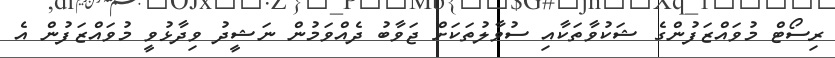
ރިސޯޓް މުވައްޒަފުންގެ ޝަކުވާތަކާއި ސުވާލުތަކަށް ޖަވާބު ދެއްވަމުން ނަޝީދު ވިދާޅުވީ މުވައްޒަފުން އެ